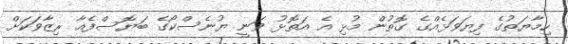
ހިމާޔަތުގެ ފިޔަވަޅެއްގެ ގޮތުން މުޅި އެ އަތޮޅު ވަނީ ޔުނެސްކޯގެ ބަޔޮސްފެއާ ރިޒާވަކަށް